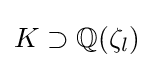
K\supset \mathbb {Q} (\zeta _{l})